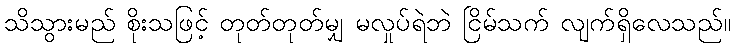
သိသွားမည် စိုးသဖြင့် တုတ်တုတ်မျှ မလှုပ်ရဲဘဲ ငြိမ်သက် လျက်ရှိလေသည်။